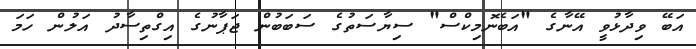
އަބޭ ވިދާޅުވީ އޭނާގެ "އަބެނޮމިކްސް" ސިޔާސަތުގެ ސަބަބުން ޖަޕާނުގެ އިގްތިސާދު އަލުން ހަމަ